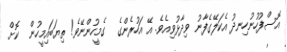
އޮސްފުހުނުހިނދު އެކަލޭގެފާނު ވިދާޅުވިއެވެ. އޭ އަހުރެންގެ  ގެމީހުންނޭވެ! ތިޔަބައިމީހުން  ކޮށް